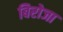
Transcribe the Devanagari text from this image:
बिरोजा